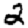
Digit: 2